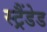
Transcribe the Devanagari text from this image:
स्ट्रैंडेड